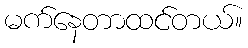
မက်နေတာထင်တယ်။